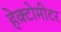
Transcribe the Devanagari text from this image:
हेक्टोमीटर